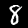
Digit: 8